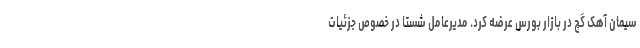
سیمان آهک گچ در بازار بورس عرضه کرد. مدیرعامل شستا در خصوص جزئیات